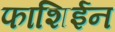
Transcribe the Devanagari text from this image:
फाशिईन